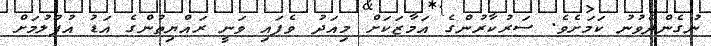
ނުގެންދެވުނު ކަމަށެވެ. ސަރުކާރުންގެ އަމާޒަކަށް މިއަދު ވެފައި ވަނީ ރައްޔިތުންގެ އަޑު އުފުލުމަށް